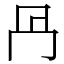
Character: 冎